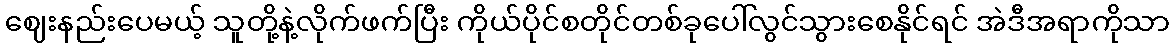
ဈေးနည်းပေမယ့် သူတို့နဲ့လိုက်ဖက်ပြီး ကိုယ်ပိုင်စတိုင်တစ်ခုပေါ်လွင်သွားစေနိုင်ရင် အဲဒီအရာကိုသာ